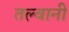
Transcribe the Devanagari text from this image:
तल्वानी